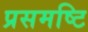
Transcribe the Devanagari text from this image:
प्रसमष्‍टि